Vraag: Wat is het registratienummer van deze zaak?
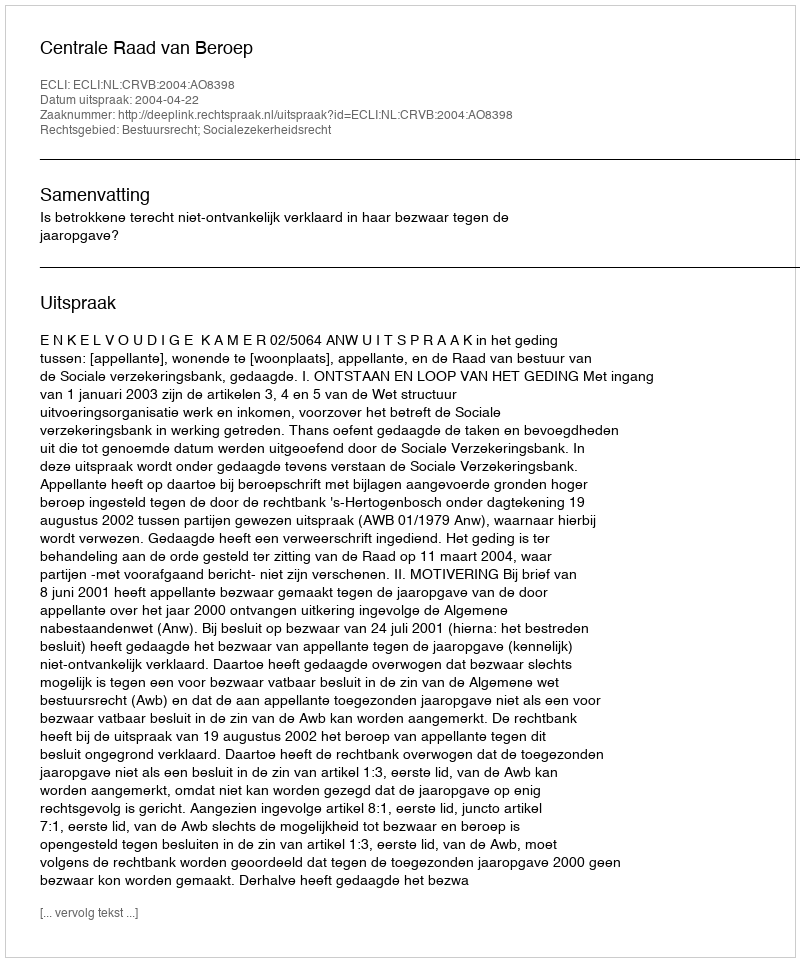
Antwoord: http://deeplink.rechtspraak.nl/uitspraak?id=ECLI:NL:CRVB:2004:AO8398